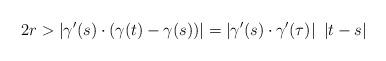
LaTeX: \begin{align*}2r > \left| \gamma'(s)\cdot (\gamma(t)-\gamma(s))\right| = \left|\gamma'(s)\cdot \gamma'(\tau)\right| \ |t-s|\end{align*}